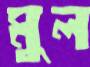
মুল